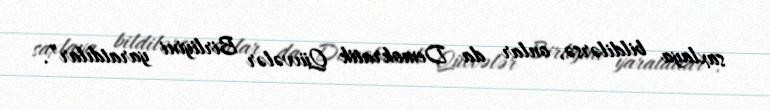
saxlaya bildilərsə, onlar da Demokratik Qüvvələr Birliyini yaratdılar”.